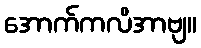
အောက်ကလိအာဗျ။